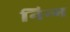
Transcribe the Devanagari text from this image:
निन्‍म